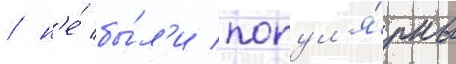
/ н'е́ бы́л'и попул'я́рны